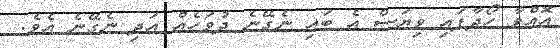
އޮއްވާ ހޯދާފައި ވިޔަސް އެ ބައި ނެގޭނެ ދުވަހެއް އަދި ނެގޭނެ އެވެ.